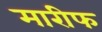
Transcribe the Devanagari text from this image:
मारीफ